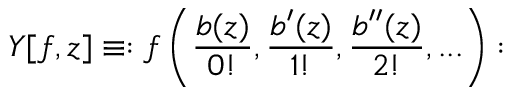
Y [ f , z ] \equiv : f \left( { \frac { b ( z ) } { 0 ! } } , { \frac { b ^ { \prime } ( z ) } { 1 ! } } , { \frac { b ^ { \prime \prime } ( z ) } { 2 ! } } , . . . \right) :